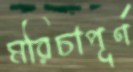
মরিচাপূর্ণ